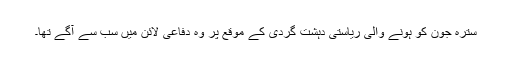
سترہ جون کو ہونے والی ریاستی دہشت گردی کے موقع پر وہ دفاعی لائن میں سب سے آگے تھا۔